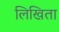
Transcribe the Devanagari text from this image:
लिखिता